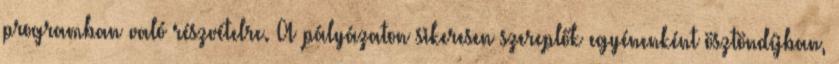
programban való részvételre. A pályázaton sikeresen szereplők egyénenként ösztöndíjban,